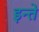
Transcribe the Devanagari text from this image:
इन्ते